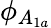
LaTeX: \phi_{A_{1a}}